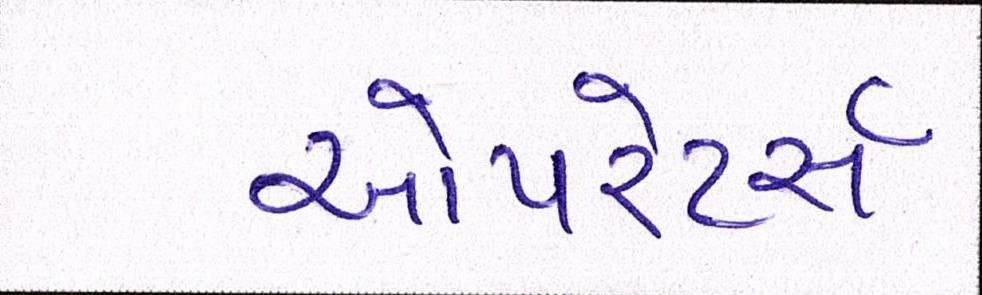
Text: ઓપરેટર્સ